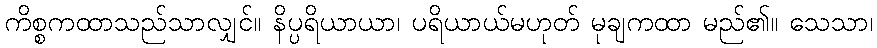
ကိစ္စကထာသည်သာလျှင်။ နိပ္ပရိယာယာ၊ ပရိယာယ်မဟုတ် မုချကထာ မည်၏။ သေသာ၊